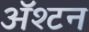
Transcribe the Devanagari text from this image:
ॲश्टन